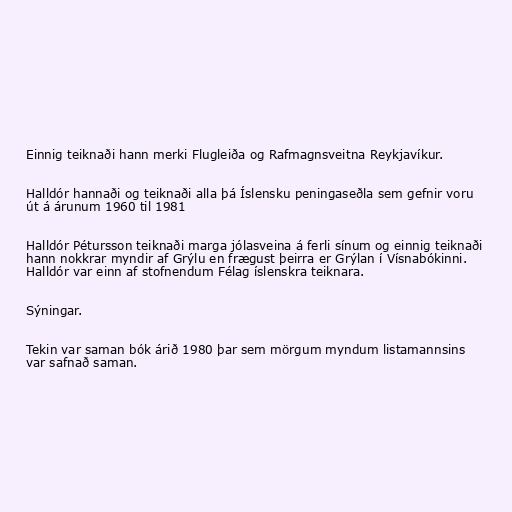
Einnig teiknaði hann merki Flugleiða og Rafmagnsveitna Reykjavíkur.

Halldór hannaði og teiknaði alla þá Íslensku peningaseðla sem gefnir voru
út á árunum 1960 til 1981

Halldór Pétursson teiknaði marga jólasveina á ferli sínum og einnig teiknaði
hann nokkrar myndir af Grýlu en frægust þeirra er Grýlan í Vísnabókinni.
Halldór var einn af stofnendum Félag íslenskra teiknara.

Sýningar.

Tekin var saman bók árið 1980 þar sem mörgum myndum listamannsins
var safnað saman.